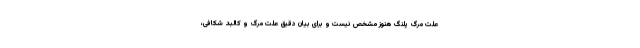
علت مرگ پلنگ هنوز مشخص نیست و برای بیان دقیق علت مرگ و کالبد شکافی،